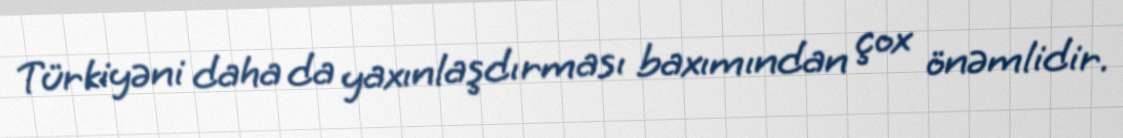
Türkiyəni daha da yaxınlaşdırması baxımından çox önəmlidir.